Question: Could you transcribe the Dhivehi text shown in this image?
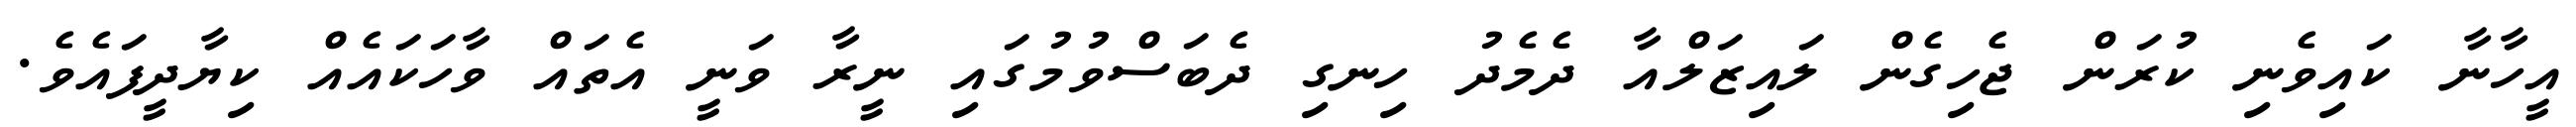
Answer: އީހާނާ ކައިވެނި ކުރަން ޖެހިގެން ލައިޒަލްއާ ދެމެދު ހިނގި ދެބަސްވުމުގައި ނީރާ ވަނީ އެތައް ވާހަކައެއް ކިޔާދީފައެވެ.